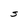
Character: S